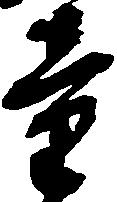
童